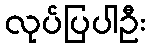
လုပ်ပြပါဦး